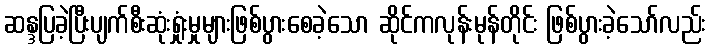
ဆန္ဒပြခဲ့ပြီးပျက်စီးဆုံးရှုံးမှုများဖြစ်ပွားစေခဲ့သော ဆိုင်ကလုန်းမုန်တိုင်း ဖြစ်ပွားခဲ့သော်လည်း